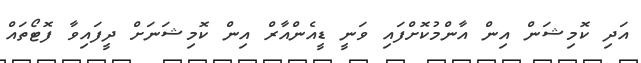
އަދި ކޮމިޝަން އިން އާންމުކޮށްފައި ވަނީ ޑީއެންއާރް އިން ކޮމިޝަނަށް ދީފައިވާ ފޮޓޯތައް